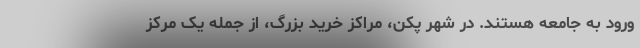
ورود به جامعه هستند. در شهر پکن، مراکز خرید بزرگ، از جمله یک مرکز